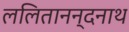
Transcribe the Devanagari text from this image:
ललितानन्दनाथ